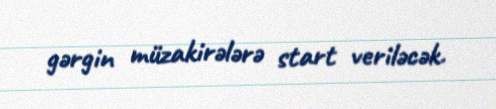
gərgin müzakirələrə start veriləcək.